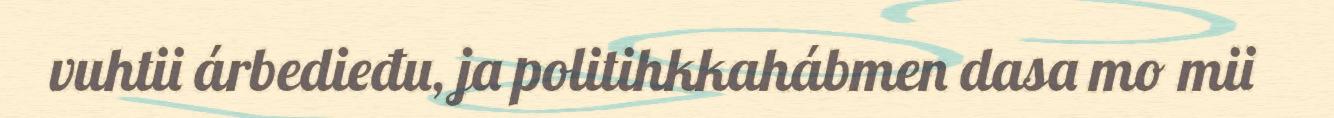
vuhtii árbedieđu, ja politihkkahábmen dasa mo mii